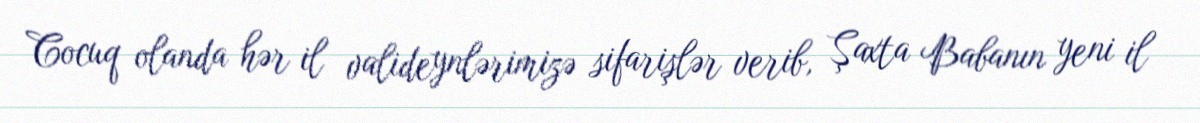
Cocuq olanda hər il valideynlərimizə sifarişlər verib, Şaxta Babanın yeni il